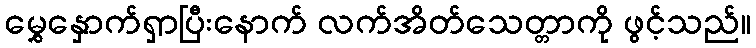
မွှေနှောက်ရှာပြီးနောက် လက်အိတ်သေတ္တာကို ဖွင့်သည်။